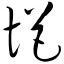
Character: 悒